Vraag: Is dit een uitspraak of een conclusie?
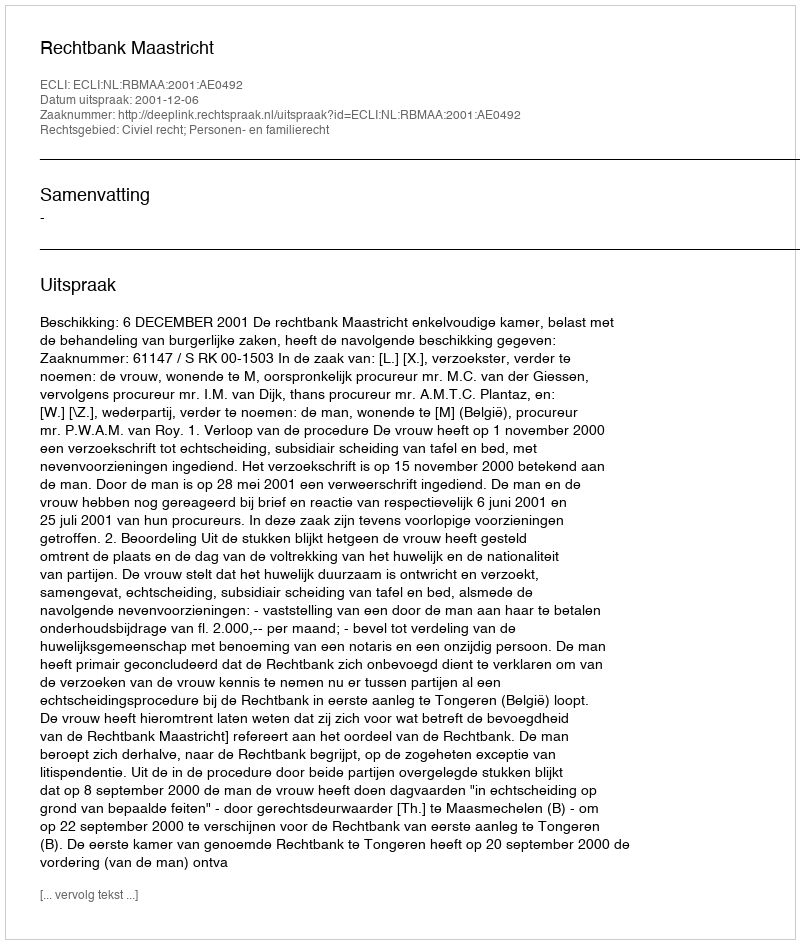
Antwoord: Uitspraak